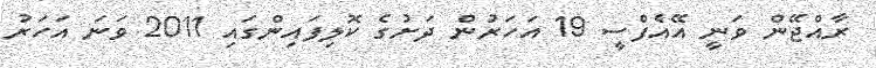
ރާއްޖޭން ވަނީ އޭއެފްސީ 19 އަހަރުން ދަށުގެ ކޮލިފައިންގައި 2011 ވަނަ އަހަރު